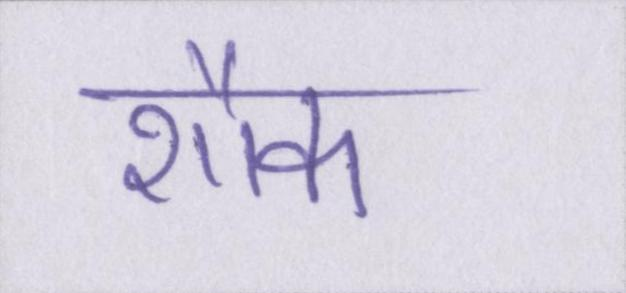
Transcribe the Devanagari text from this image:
शौक